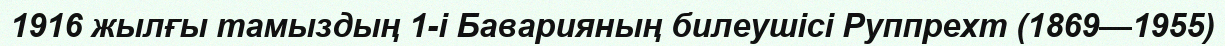
1916 жылғы тамыздың 1-і Баварияның билеушісі Руппрехт (1869—1955)